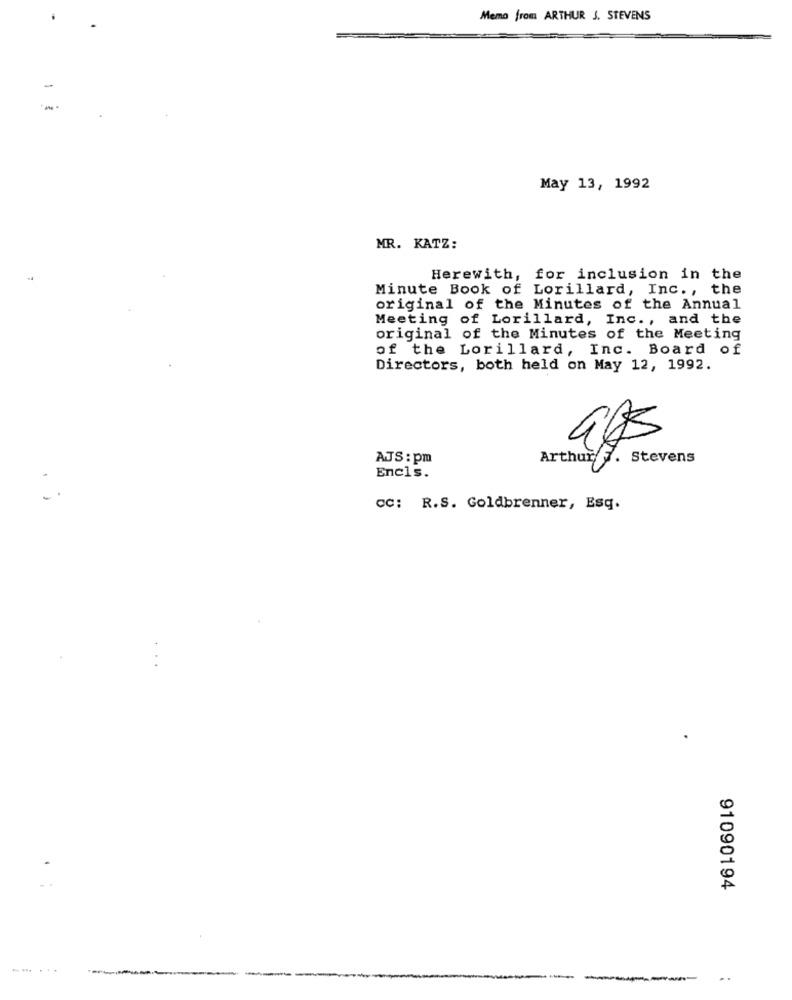
Memo from ARTHUR J. STEVENS
-
May 13, 1992
MR. KATZ:
Herewith, for inclusion in the
Minute Book of Lorillard, Inc ., the
original of the Minutes of the Annual
Meeting of Lorillard, Inc ., and the
original of the Minutes of the Meeting
of the Lorillard, Inc. Board of
Directors, both held on May 12, 1992.
985
AJS : pm
Arthur7. Stevens
Encls.
CC: R.S. Goldbrenner, Esq.
91090194
-
-